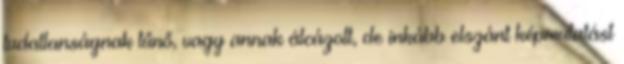
tudatlanságnak tűnő, vagy annak álcázott, de inkább elszánt képmutatást